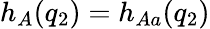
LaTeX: h_{A}(q_{2})=h_{Aa}(q_{2})